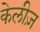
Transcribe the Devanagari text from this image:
केलीज़